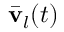
\bar { \bf v } _ { l } ( t )